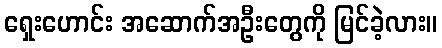
ရှေးဟောင်း အဆောက်အဦးတွေကို မြင်ခဲ့လား။